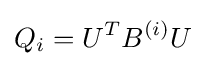
Q_{i}=U^{T}B^{(i)}U